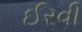
ઈરવી